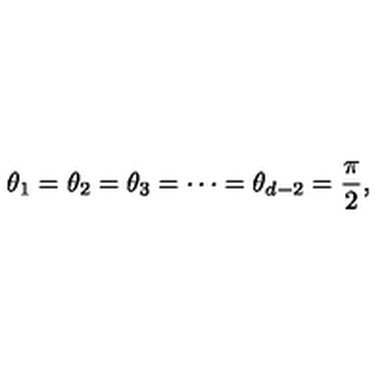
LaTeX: \theta _ { 1 } = \theta _ { 2 } = \theta _ { 3 } = \cdots = \theta _ { d - 2 } = \frac { \pi } { 2 } ,